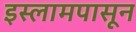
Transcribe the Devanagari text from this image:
इस्लामपासून